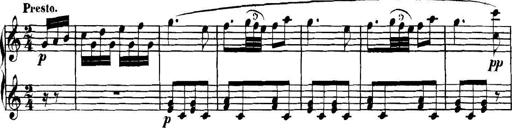
Title: Collected Piano Sonatas
Composer: Muzio Clementi